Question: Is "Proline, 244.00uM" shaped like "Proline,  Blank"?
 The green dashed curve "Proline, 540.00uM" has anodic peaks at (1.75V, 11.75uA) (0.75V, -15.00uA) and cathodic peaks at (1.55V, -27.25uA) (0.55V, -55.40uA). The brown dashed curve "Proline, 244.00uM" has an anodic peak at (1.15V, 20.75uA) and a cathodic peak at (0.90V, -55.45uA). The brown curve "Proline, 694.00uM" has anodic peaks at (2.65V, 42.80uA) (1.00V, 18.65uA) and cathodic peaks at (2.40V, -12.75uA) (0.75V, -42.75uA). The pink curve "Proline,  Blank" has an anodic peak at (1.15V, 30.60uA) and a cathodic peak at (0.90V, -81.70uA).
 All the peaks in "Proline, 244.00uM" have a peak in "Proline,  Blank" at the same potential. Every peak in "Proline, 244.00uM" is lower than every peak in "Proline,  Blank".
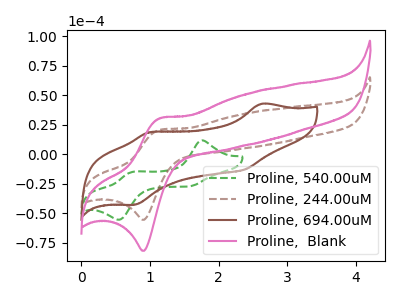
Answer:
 <answer>"Proline, 244.00uM" and "Proline,  Blank" are similar in shape.</answer>
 <eval>same_shape</eval>